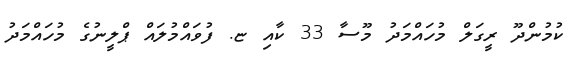
ކުމުންދޫ ރީގަލް މުހައްމަދު މޫސާ 33 ކާއި ޏ. ފުވައްމުލައް ޕްލީނުގެ މުހައްމަދު